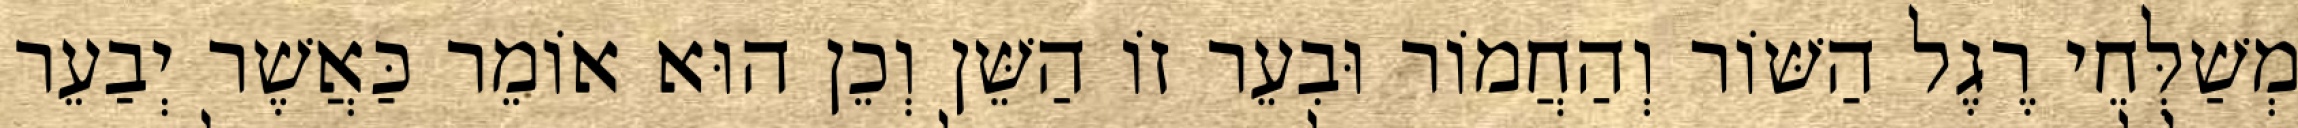
מְשַׁלְּחֵי רֶגֶל הַשּׁוֹר וְהַחֲמוֹר וּבִעֵר זוֹ הַשֵּׁן וְכֵן הוּא אוֹמֵר כַּאֲשֶׁר יְבַעֵר